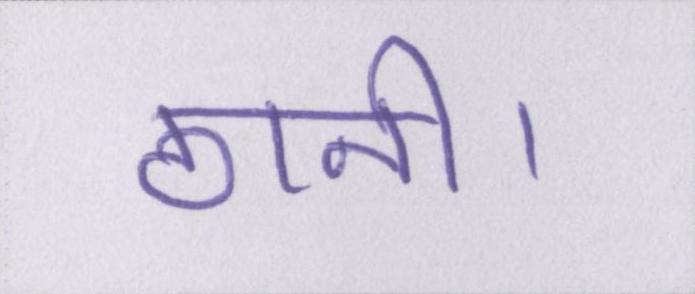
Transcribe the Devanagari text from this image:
ठानी।